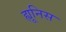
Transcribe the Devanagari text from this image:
ह्यूनिस